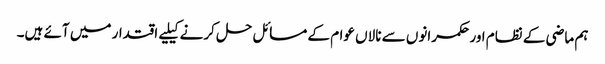
ہم ماضی کے نظام اور حکمرانوں سے نالاں عوام کے مسائل حل کرنے کیلیے اقتدار میں آئے ہیں۔